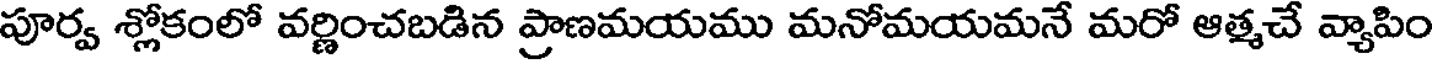
పూర్వ శ్లోకంలో వర్ణించబడిన ప్రాణమయము మనోమయమనే మరో ఆత్మచే వ్యాపిం